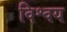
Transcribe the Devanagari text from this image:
विश्वय